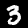
Digit: 3